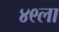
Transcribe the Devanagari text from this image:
४९ला